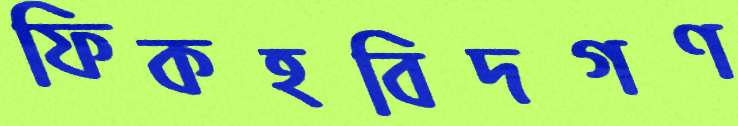
ফিকহবিদগণ